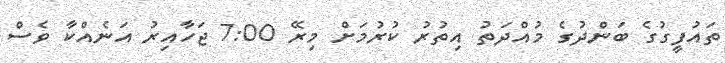
ތައުފީގުގެ ބަންދުގެ މުއްދަތު އިތުރު ކުރުމަށް މިރޭ 7:00 ޖަހާއިރު އަނެއްކާ ވެސް